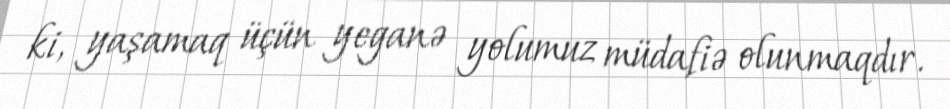
ki, yaşamaq üçün yeganə yolumuz müdafiə olunmaqdır.